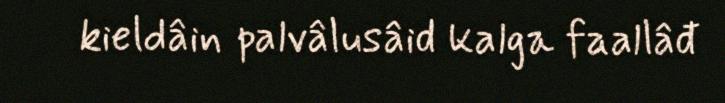
kieldâin palvâlusâid kalga faallâđ